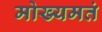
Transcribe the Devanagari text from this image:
मोख्यमतं